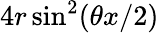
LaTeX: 4r\sin^{2}(\theta x/2)